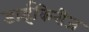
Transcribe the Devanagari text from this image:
डाईकिरीज